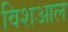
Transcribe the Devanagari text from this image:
विशआल